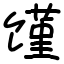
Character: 馑